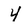
Character: 4